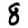
Digit: 8